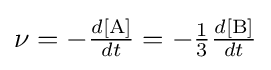
\nu =-{\tfrac {d[\mathrm {A} ]}{dt}}=-{\tfrac {1}{3}}{\tfrac {d[\mathrm {B} ]}{dt}}